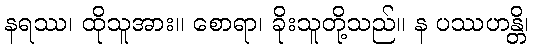
နရဿ၊ ထိုသူအား။ စောရာ၊ ခိုးသူတို့သည်။ န ပဿဟန္တိ၊